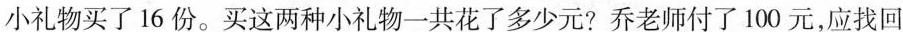
小礼物买了16份。买这两种小礼物一共花了多少元？乔老师付了100元，应找回